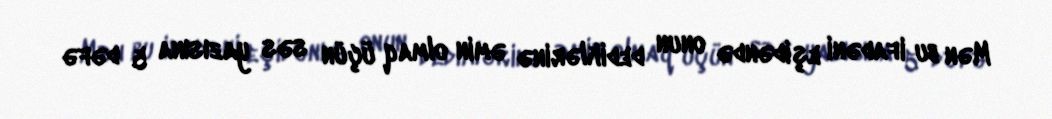
Mən bu ifadəni eşidəndə onun dediklərinə əmin olmaq üçün səs yazısına 5 dəfə